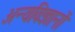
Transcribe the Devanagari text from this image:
अन्यविज्ञानों